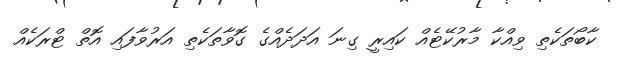
ކާބޯތަކެތި ވިއްކާ މާރުކޭޓެއް ކައިރީ ގިނަ އަދަދެއްގެ ގޮވާތަކެތި އަރުވާފައި އޮތް ޓްރަކެއް